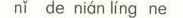
nǐ de nián líng